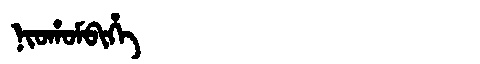
Manchu: ᠨᡳᠣᡥᠣᠮᠪᡳᡥᡝ
Romanization: NIOHOMBIHE